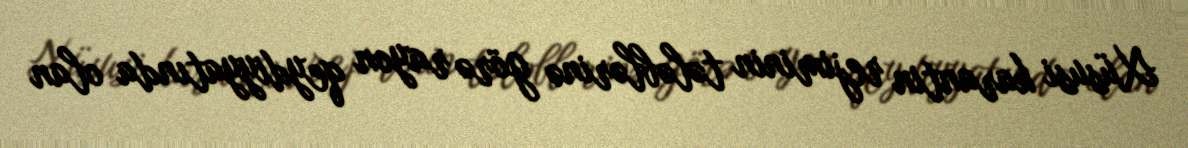
Xüsusi karantin rejiminin tələblərinə görə rayon qeydiyyatında olan